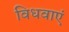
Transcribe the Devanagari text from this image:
विधवाएं